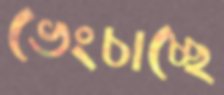
ভেংচাচ্ছে